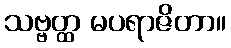
သဗ္ဗတ္ထ မပရာဇိတာ။